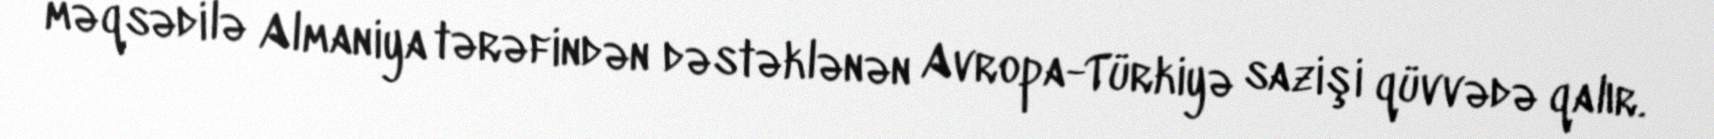
məqsədilə Almaniya tərəfindən dəstəklənən Avropa-Türkiyə sazişi qüvvədə qalır.